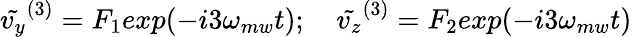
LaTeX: \tilde{v_{y}}^{(3)}=F_{1}exp(-i3\omega_{mw}t);\quad\tilde{v_{z}}^{(3)}=F_{2}exp(-i3\omega_{mw}t)